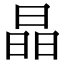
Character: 晶